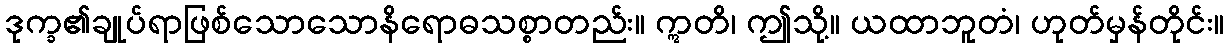
ဒုက္ခ၏ချုပ်ရာဖြစ်သောသောနိရောဓသစ္စာတည်း။ ဣတိ၊ ဤသို့။ ယထာဘူတံ၊ ဟုတ်မှန်တိုင်း။